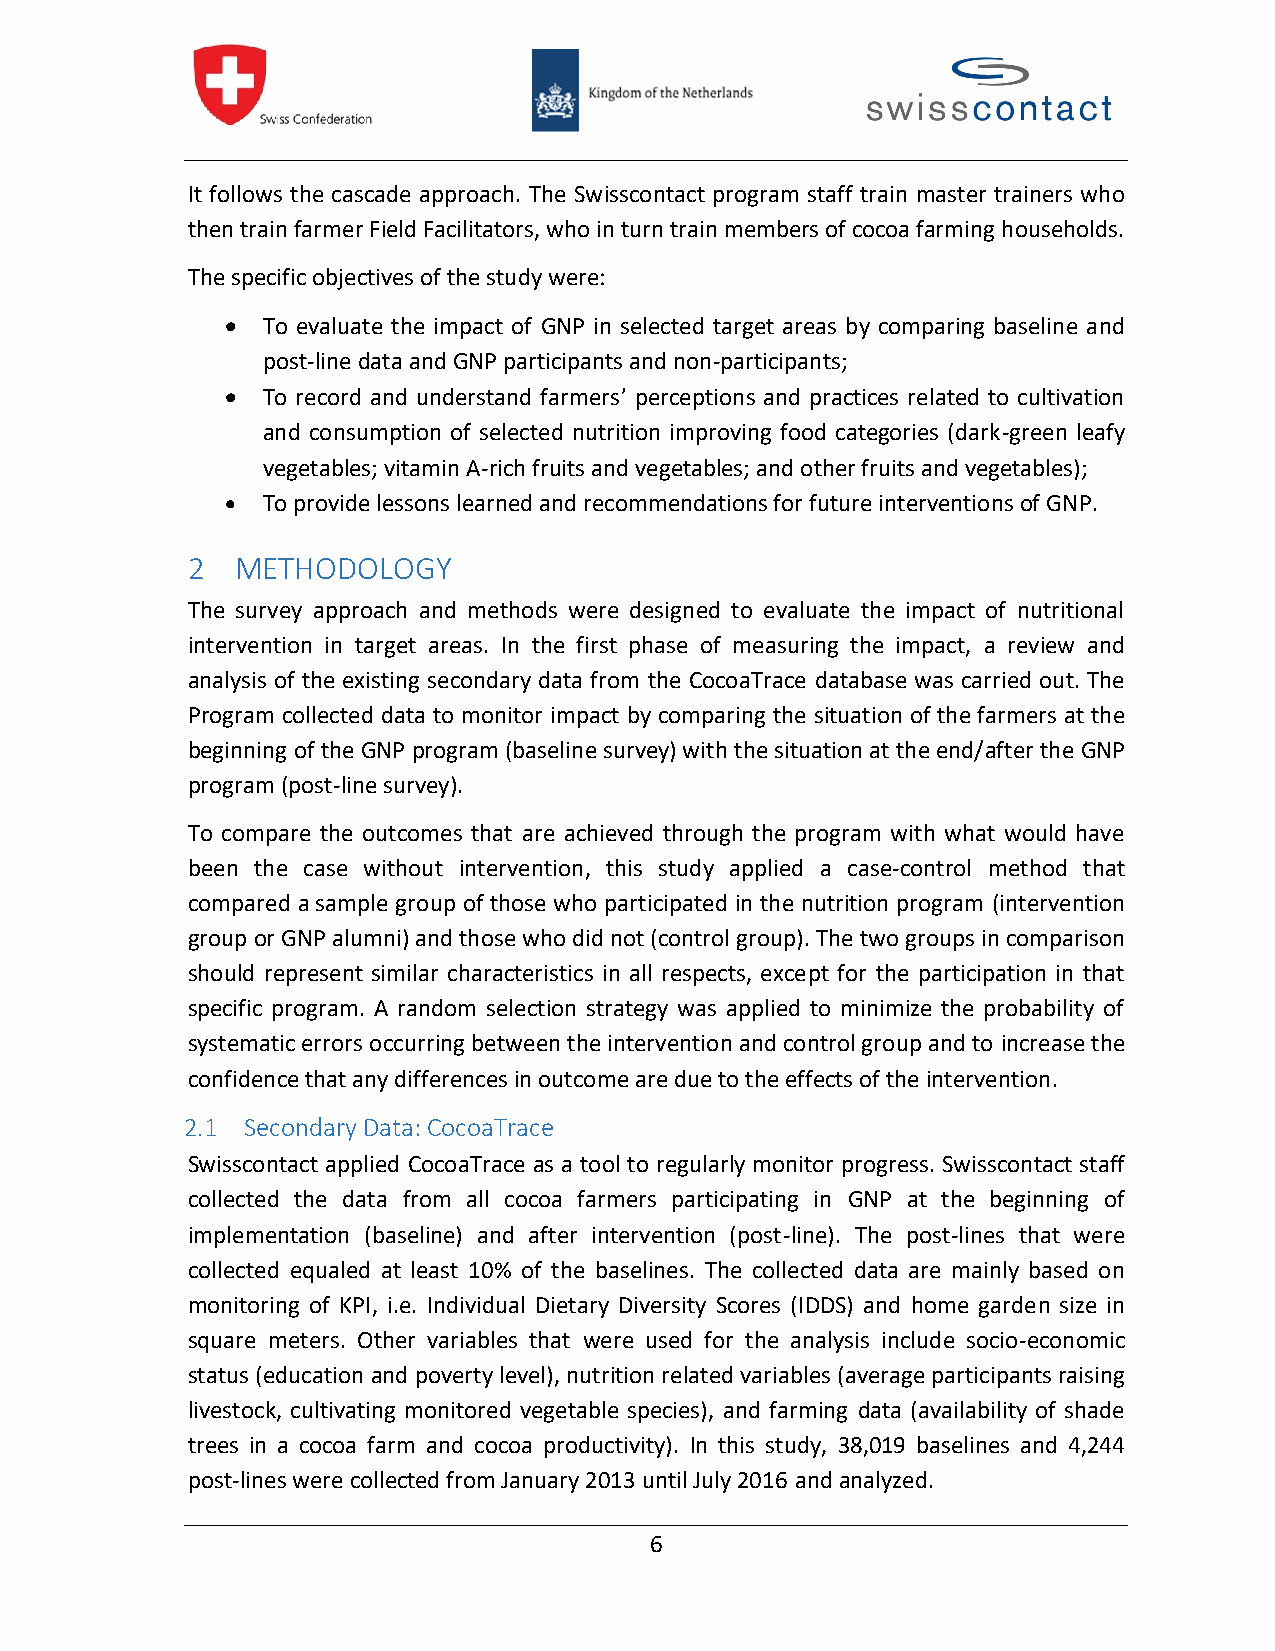
It follows the cascade approach. The Swisscontact program staff train master trainers who
 then trainfarmerField Facilitators, who inturntrainmembers of cocoa farming households.
 The specific objectives of the study were:
  To evaluate the impact of GNP in selected target areas by comparing baseline and
 post-linedataandGNP participants andnon-participants;
  To record and understand farmers’ perceptions and practices related to cultivation
 and consumption of selected nutrition improving food categories (dark-green leafy
 vegetables; vitamin A-rich fruits and vegetables; and other fruits and vegetables);
  To provide lessons learned and recommendations for future interventions of GNP.
 2   METHODOLOGY
 The survey approach and methods were designed to evaluate the impact of nutritional
 intervention in target areas. In the first phase of measuring the impact, a review and
 analysis of the existing secondary data from the CocoaTrace database was carried out. The
 Program collected data to monitor impact by comparing the situation of the farmers at the
 beginning oftheGNPprogram (baseline survey) with the situation at the end/after the GNP
 program(post-line survey).
 To compare the outcomes that are achieved through the program with what would have
 been the case without intervention, this study applied a case-control method that
 compared a sample group of those who participated in the nutrition program (intervention
 groupor GNP alumni) and thosewho didnot (control group). The two groups in comparison
 should represent similar characteristics in all respects, except for the participation in that
 specific program. A random selection strategy was applied to minimize the probability of
 systematic errors occurringbetween the intervention and control group and to increasethe
 confidence that any differences in outcome are due to the effects of theintervention.
 2.1 Secondary Data: CocoaTrace
 Swisscontact applied CocoaTrace as a tool to regularly monitor progress. Swisscontact staff
 collected the data from all cocoa farmers participating in GNP at the beginning of
 implementation (baseline) and after intervention (post-line). The post-lines that were
 collected equaled at least 10% of the baselines. The collected data are mainly based on
 monitoring of KPI, i.e. Individual Dietary Diversity Scores (IDDS) and home garden size in
 square meters. Other variables that were used for the analysis include socio-economic
 status (education andpoverty level), nutrition related variables (average participants raising
 livestock, cultivating monitored vegetable species), and farming data (availability of shade
 trees in a cocoa farm and cocoa productivity). In this study, 38,019 baselines and 4,244
 post-lineswerecollected from January 2013 until July 2016 andanalyzed.
 6